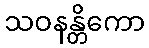
သဝနန္တိကော